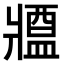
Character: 𤖙